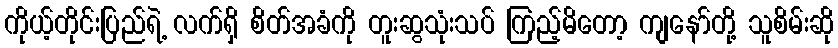
ကိုယ့်တိုင်းပြည်ရဲ့ လက်ရှိ စိတ်အခံကို တူးဆွသုံးသပ် ကြည့်မိတော့ ကျနော်တို့ သူစိမ်းဆို